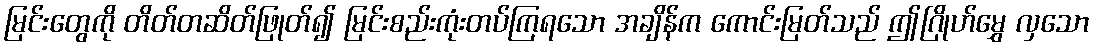
မြင်းတွေကို တိတ်တဆိတ်ဖြုတ်၍ မြင်းစည်းကုံးတပ်ကြရသော အချိန်က ကောင်းမြတ်သည် ဤဂြိုဟ်မွှေ လှသော